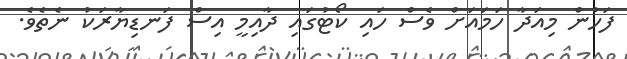
ފަހުން މިއަދާ ހަމައަށް ވެސް ހައި ކޯޓުގައި ދާއިމީ އިސް ފަނޑިޔާރަކު ނެތެވެ.